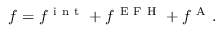
f = f ^ { \mathrm { ~ i ~ n ~ t ~ } } + f ^ { \mathrm { ~ E ~ F ~ H ~ } } + f ^ { \mathrm { ~ A ~ } } .